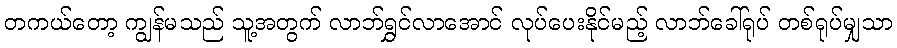
တကယ်တော့ ကျွန်မသည် သူ့အတွက် လာဘ်ရွှင်လာအောင် လုပ်ပေးနိုင်မည့် လာဘ်ခေါ်ရုပ် တစ်ရုပ်မျှသာ